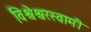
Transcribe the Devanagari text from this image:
विश्वेश्वरस्वामी